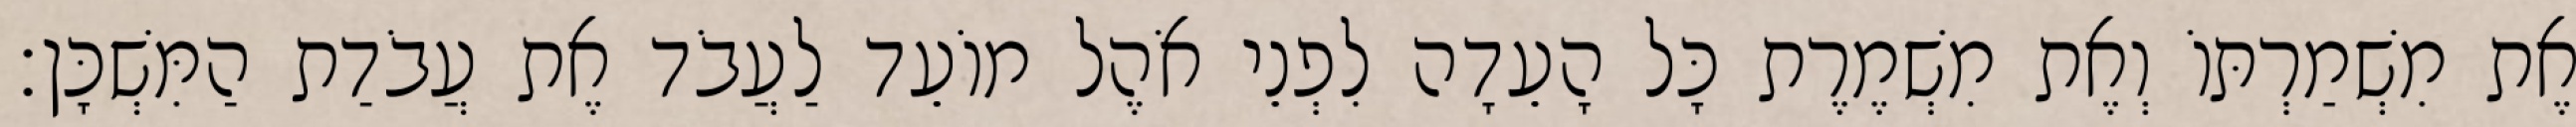
אֶת מִשְׁמַרְתּוֹ וְאֶת מִשְׁמֶרֶת כָּל הָעֵדָה לִפְנֵי אֹהֶל מוֹעֵד לַעֲבֹד אֶת עֲבֹדַת הַמִּשְׁכָּן׃